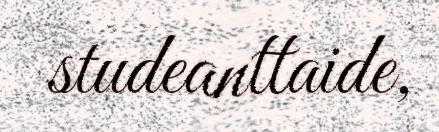
studeanttaide,